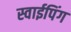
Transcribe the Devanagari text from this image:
स्वाईपिंग